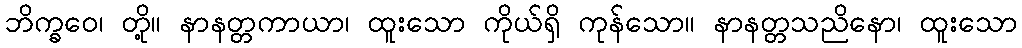
ဘိက္ခဝေ၊ တို့။ နာနတ္တကာယာ၊ ထူးသော ကိုယ်ရှိ ကုန်သော။ နာနတ္တသညိနော၊ ထူးသော